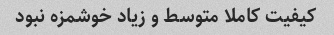
کیفیت کاملا متوسط و زیاد خوشمزه نبود